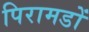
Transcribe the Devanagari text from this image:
पिरामडों